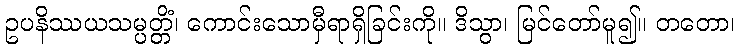
ဥပနိဿယသမ္ပတ္တိံ၊ ကောင်းသောမှီရာရှိခြင်းကို။ ဒိသွာ၊ မြင်တော်မူ၍။ တတော၊